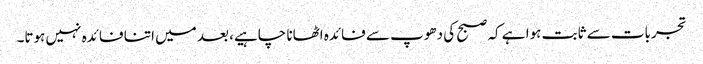
تجربات سے ثابت ہوا ہے کہ صبح کی دھوپ سے فائدہ اٹھانا چاہیے، بعد میں اتنا فائدہ نہیں ہوتا۔